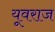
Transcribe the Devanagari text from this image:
यूवराज